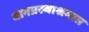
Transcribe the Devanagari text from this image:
वानप्रस्थाश्रमात